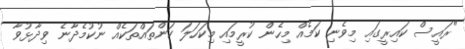
"ރައީސް ކައިރީގައި މިވެނި ކަމެއް މިހެން ކުރީމައި މިކަހަލަ ކަންތައްތަކެއް ނުކުމެދާނެ ވިދާޅުވާ